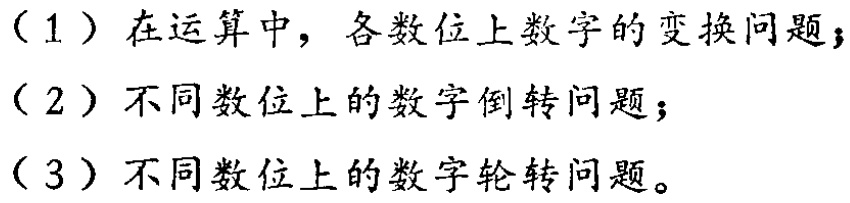
（1）在运算中，各数位上数字的变换问题；

（2）不同数位上的数字倒转问题；

（3）不同数位上的数字轮转问题。